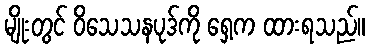
မျိုးတွင် ဝိသေသနပုဒ်ကို ရှေ့က ထားရသည်။